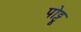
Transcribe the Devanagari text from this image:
पोट्टू